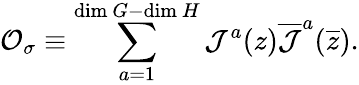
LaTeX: {\cal O}_{\sigma}\equiv\sum_{a=1}^{\mathrm{dim~}G-\mathrm{dim~}H}{\cal J}^{a}(z)\overline{{{\cal J}}}^{a}(\overline{{z}}).